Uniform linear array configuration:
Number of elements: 32
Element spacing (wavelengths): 0.75
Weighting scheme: uniform
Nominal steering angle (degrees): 0
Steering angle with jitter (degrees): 1.526
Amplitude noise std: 0.05
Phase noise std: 0.05

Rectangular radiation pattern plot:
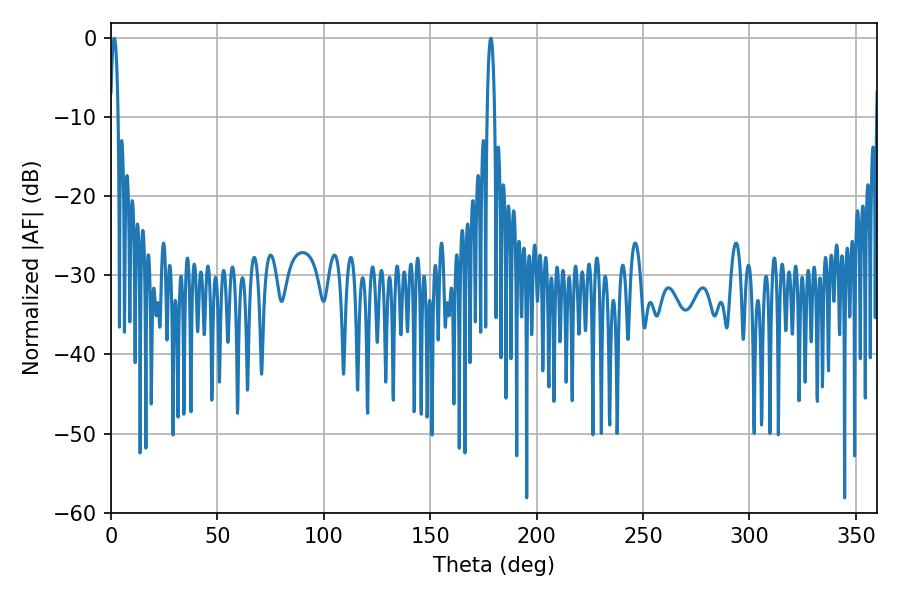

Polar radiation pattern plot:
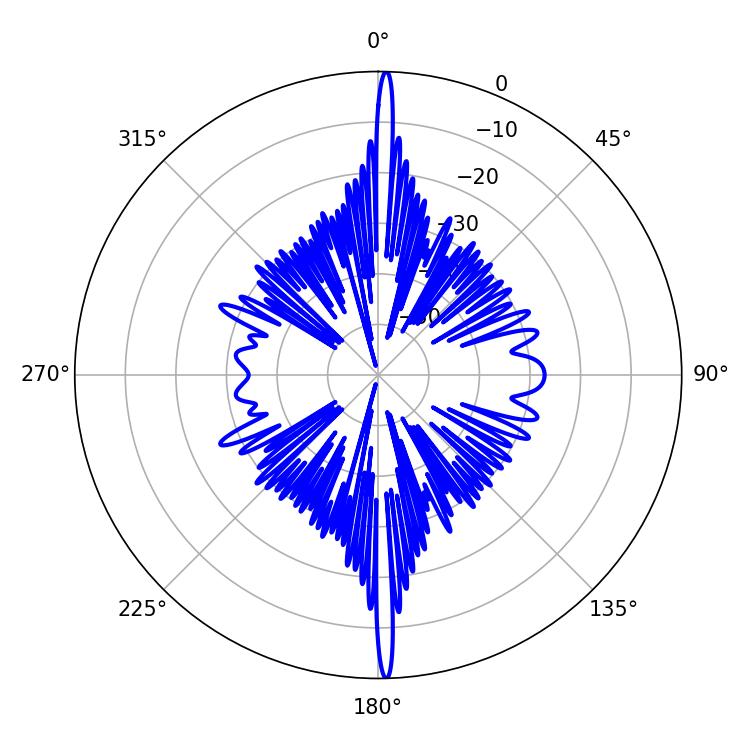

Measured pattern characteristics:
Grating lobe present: TRUE
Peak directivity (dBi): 28.908
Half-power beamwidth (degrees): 1.98
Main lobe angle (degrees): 1.62